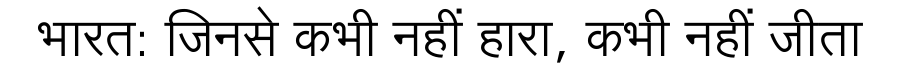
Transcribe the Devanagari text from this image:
भारत: जिनसे कभी नहीं हारा, कभी नहीं जीता